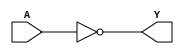
module notg(A, Y); 
input A; 
output Y; 
assign Y = ~A ;  
endmodule